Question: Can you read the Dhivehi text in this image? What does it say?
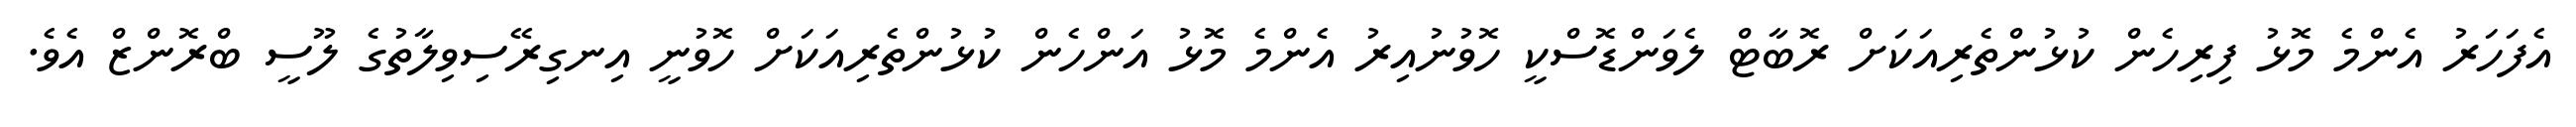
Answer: އެފަހަރު އެންމެ މޮޅު ފިރިހެން ކުޅުންތެރިއަކަށް ރޮބާޓް ލެވަންޑޮސްކީ ހޮވުނުއިރު އެންމެ މޮޅު އަންހެން ކުޅުންތެރިއަކަށް ހޮވުނީ އިނގިރޭސިވިލާތުގެ ލޫސީ ބްރޮންޒް އެވެ.